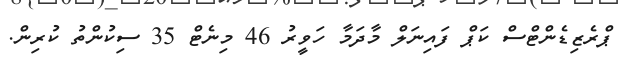
ޕްރެޒިޑެންޓްސް ކަޕް ފައިނަލް މާދަމާ ހަވީރު 46 މިނެޓް 35 ސިކުންތު ކުރިން.